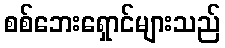
စစ်ဘေးရှောင်များသည်